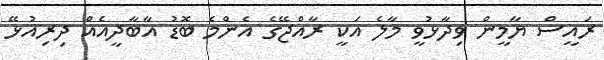
ރައީސް ޔާމީން ވިދާޅުވީ މާލެ އަކީ ރާއްޖޭގެ އެންމެ ބޮޑު އާބާދީއެއް ދިރިއުޅޭ